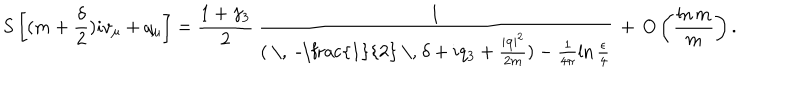
S \left[ ( m + \frac { \delta } { 2 } ) i v _ { \mu } + q _ { \mu } \right] = \frac { 1 + \gamma _ { 3 } } { 2 } \, \frac { 1 } { ( \mathrm { ~ \, ~ - \frac { 1 } { 2 } ~ \, ~ } \delta + i q _ { 3 } + \frac { \left| { \bf q } \right| ^ { 2 } } { 2 m } ) - \frac { 1 } { 4 \pi } \ln \frac { \epsilon } { 4 } } \, + \, O \left( \frac { \ln m } { m } \right) .